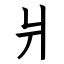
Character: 爿